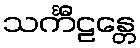
သင်္ကီဠန္တေ